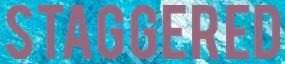
STAGGERED